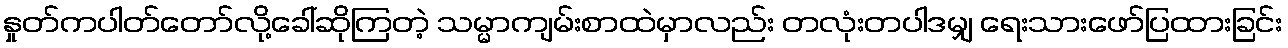
နှုတ်ကပါတ်တော်လို့ခေါ်ဆိုကြတဲ့ သမ္မာကျမ်းစာထဲမှာလည်း တလုံးတပါဒမျှ ရေးသားဖော်ပြထားခြင်း